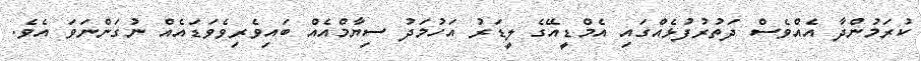
ކުރަމުންދާ އެއްވެސް ދަތުރުފުޅެއްގައި އެމްޑީއޭގެ ލީޑަރު އަހުމަދު ސިޔާމްއެއް ބައިވެރިވެވަޑައެއް ނުގަންނަވަ އެވެ.